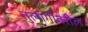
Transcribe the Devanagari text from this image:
तुलागीवरील